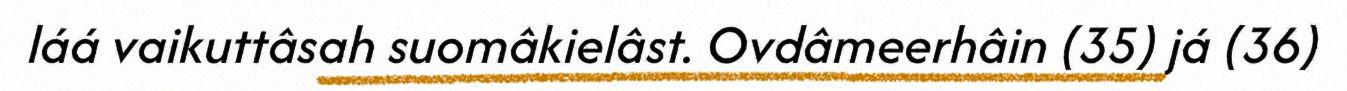
láá vaikuttâsah suomâkielâst. Ovdâmeerhâin (35) já (36)